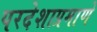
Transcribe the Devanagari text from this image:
परदेशाप्रमाणे